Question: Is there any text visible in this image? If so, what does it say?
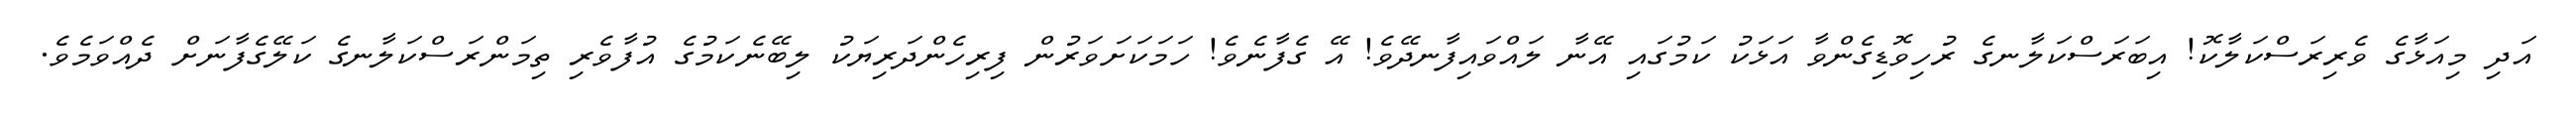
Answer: އަދި މިއަޅާގެ ވެރިރަސްކަލާކޮ! އިބަރަސްކަލާނގެ ރުހިވޮޑިގެންވާ އަޅަކު ކަމުގައި އޭނާ ލައްވައިފާނދޭވެ! އޭ ގެފާނެވެ! ހަމަކަށަވަރުން ފިރިހެންދަރިޔަކު ލިބޭނެކަމުގެ އުފާވެރި ތިމަންރަސްކަލާނގެ ކަލޭގެފާނަށް ދެއްވަމެވެ.